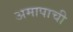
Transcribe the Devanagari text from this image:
अमापाची